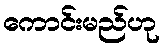
ကောင်းမည်ဟု